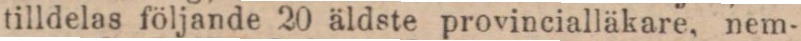
tilldelas följande 20 äldste provincialläkare, nem-